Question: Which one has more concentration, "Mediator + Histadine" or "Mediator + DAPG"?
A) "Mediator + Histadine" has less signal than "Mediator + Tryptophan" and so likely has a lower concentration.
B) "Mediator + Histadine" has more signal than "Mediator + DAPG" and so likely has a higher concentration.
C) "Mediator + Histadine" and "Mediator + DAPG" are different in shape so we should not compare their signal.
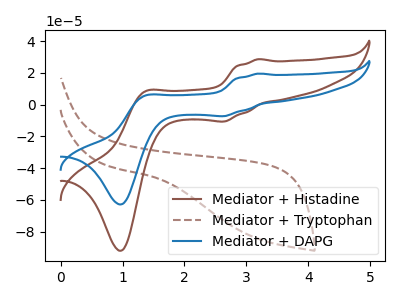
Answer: <think>The brown curve "Mediator + Histadine" has anodic peaks at (3.20V, 28.55uA) (1.35V, 8.15uA) and cathodic peaks at (2.65V, -10.65uA) (1.00V, -91.95uA). The brown dashed curve "Mediator + Tryptophan" has no peaks. The blue curve "Mediator + DAPG" has anodic peaks at (3.20V, 19.50uA) (1.35V, 5.55uA) and cathodic peaks at (2.65V, -7.25uA) (1.00V, -62.80uA).
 All the peaks in "Mediator + Histadine" have a peak in "Mediator + DAPG" at the same potential. Every peak in "Mediator + Histadine" is higher than every peak in "Mediator + DAPG".</think>
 <answer>B) "Mediator + Histadine" has more signal than "Mediator + DAPG" and so likely has a higher concentration.</answer>
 <eval>B</eval>